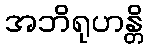
အဘိရုဟန္တိ